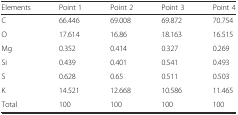
<table><thead><tr><td><b>Elements</b></td><td><b>Point 1</b></td><td><b>Point 2</b></td><td><b>Point 3</b></td><td><b>Point 4</b></td></tr></thead><tbody><tr><td>C</td><td>66.446</td><td>69.008</td><td>69.872</td><td>70.754</td></tr><tr><td>O</td><td>17.614</td><td>16.86</td><td>18.163</td><td>16.515</td></tr><tr><td>Mg</td><td>0.352</td><td>0.414</td><td>0.327</td><td>0.269</td></tr><tr><td>Si</td><td>0.439</td><td>0.401</td><td>0.541</td><td>0.493</td></tr><tr><td>S</td><td>0.628</td><td>0.65</td><td>0.511</td><td>0.503</td></tr><tr><td>K</td><td>14.521</td><td>12.668</td><td>10.586</td><td>11.465</td></tr><tr><td>Total</td><td>100</td><td>100</td><td>100</td><td>100</td></tr></tbody></table>